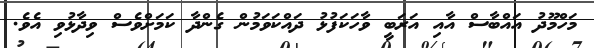
މަހްމޫދު އައްބާސް އާއި އަރަބީ ވާހަކަފުޅު ދައްކަވަމުން ގެންދާ ކަމަށްވެސް ވިދާޅުވި އެވެ.